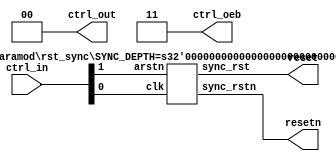
module ctrl ( 
`ifdef USE_POWER_PINS
    inout vdd,	// User area 1 1.8V supply
    inout vss,	// User area 1 digital ground
`endif    


    // input  [7:0] nc_in,
    // output [7:0] nc_out,
    // output [7:0] nc_oeb,

    input [1:0] ctrl_in,
    output [1:0] ctrl_out,
    output [1:0] ctrl_oeb,

    output resetn,
    output reset
);

wire clk, arstn;
assign {arstn, clk} = ctrl_in;    
assign ctrl_out = 2'b0;
assign ctrl_oeb = 2'b11;    // inputs

// lower 8 IOs
// assign nc_out = 8'b0;
// assign nc_oeb = 8'b1111_1111;

rst_sync #(
    .SYNC_DEPTH(5)
) rst_sync_0 (
    .clk(clk),
    .arstn(arstn),
    .sync_rst(reset),
    .sync_rstn(resetn)
);


endmodule


//This code defines a reset synchronizer module with a parameter for synchronization depth (SYNC_DEPTH).
//The depth controls the number of flip-flops used for synchronizing the asynchronous reset signal to the system clock. 
module rst_sync (
  input wire  clk,          // System clock
  input wire  arstn,  // Asynchronous reset
  output sync_rst,    // Synchronized reset
  output sync_rstn
);

parameter SYNC_DEPTH = 2;   // Adjustable synchronization depth

reg [SYNC_DEPTH-1:0] sync_reg;

always @(posedge clk or negedge arstn) begin
  if (~arstn) begin
    // Asynchronous reset asserted
    sync_reg <= {SYNC_DEPTH{1'b1}};
  end else begin
    // Synchronize reset using shift register
    sync_reg <= {sync_reg[SYNC_DEPTH-2:0], 1'b0};
  end
end

assign sync_rst = sync_reg[SYNC_DEPTH-1];  
assign sync_rstn = ~sync_reg[SYNC_DEPTH-1];

endmodule